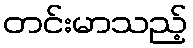
တင်းမာသည့်